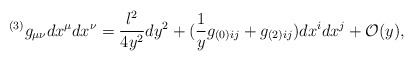
\begin{align*}^{(3)}g_{\mu\nu}dx^\mu dx^\nu=\frac{l^2}{4y^2}dy^2+(\frac{1}{y}g_{(0)ij}+g_{(2)ij})dx^i dx^j+{\cal O}(y),\end{align*}